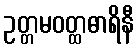
ဥတ္တမဝတ္ထဓာရိနီ